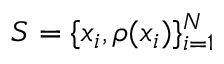
{ \cal { S } } = \{ x _ { i } , \rho ( x _ { i } ) \} _ { i = 1 } ^ { N }